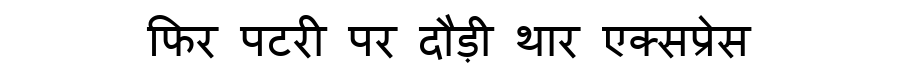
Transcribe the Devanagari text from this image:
फिर पटरी पर दौड़ी थार एक्सप्रेस